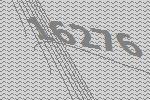
16276